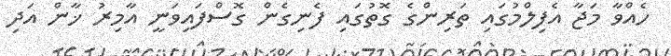
ހެއްވާ މަޖާ އެފިލްމުގައި ތަރިންގެ ގޮތުގައި ފެނިގެން ގޮސްފައިވަނީ އާމިރު ޚާން އަދި